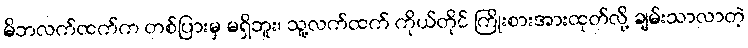
မိဘလက်ထက်က တစ်ပြားမှ မရှိဘူး၊ သူ့လက်ထက် ကိုယ်တိုင် ကြိုးစားအားထုတ်လို့ ချမ်းသာလာတဲ့